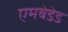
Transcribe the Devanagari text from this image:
एमबेडेड